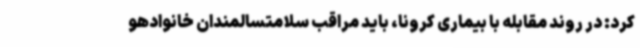
کرد: در روند مقابله با بیماری کرونا، باید مراقب سلامتسالمندان خانوادهو